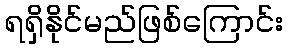
ရရှိနိုင်မည်ဖြစ်ကြောင်း